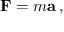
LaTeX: \mathbf { F } = m \mathbf { a } \, ,